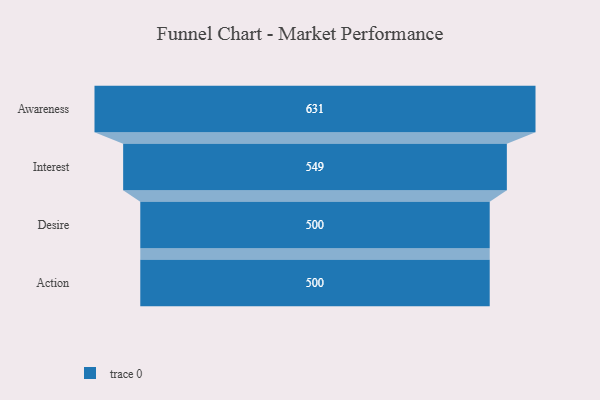
{"axis": {"x": "Stage", "y": "Value"}, "legend": [""], "data": [{"x": "Awareness", "y": 631.0, "type": ""}, {"x": "Interest", "y": 549.0, "type": ""}, {"x": "Desire", "y": 500, "type": ""}, {"x": "Action", "y": 500, "type": ""}]}